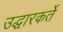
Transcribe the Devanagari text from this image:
उद्धारकर्ते